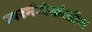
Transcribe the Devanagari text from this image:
स्परमैटोकोडॉन